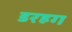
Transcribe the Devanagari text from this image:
डरहग